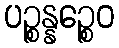
ပဉ္စန္နဉ္စေဝ